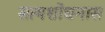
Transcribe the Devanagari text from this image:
सत्यशोधनास